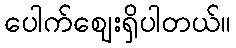
ပေါက်ဈေးရှိပါတယ်။